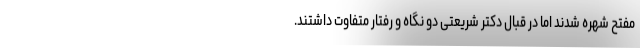
مفتح شهره شدند اما در قبال دکتر شریعتی دو نگاه و رفتار متفاوت داشتند.